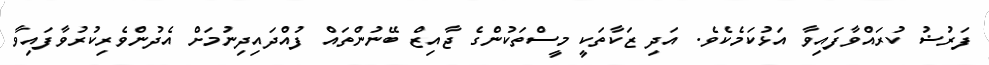
ފަރުޟު ކުރައްވާފައިވާ އަޅުކަމެކެވެ. އަދި ޒަކާތަކީ މީސްތަކުންގެ ޖާއިޒް ބޭނުންތައް ފުއްދައިދިނުމަށް އެދުންވެރިކުރުވާފައިވާ